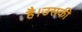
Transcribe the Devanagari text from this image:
है।उसकी